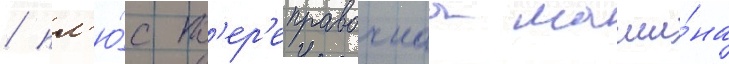
/ пл'ю́с п'ер'еправочнаа маши́на